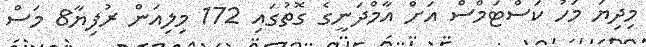
މިދިޔަ މަހު ކަސްޓަމްސް އަށް އާމްދަނީގެ ގޮތުގައި 172 މިލިއަން ރުފިޔާ8 މަސް